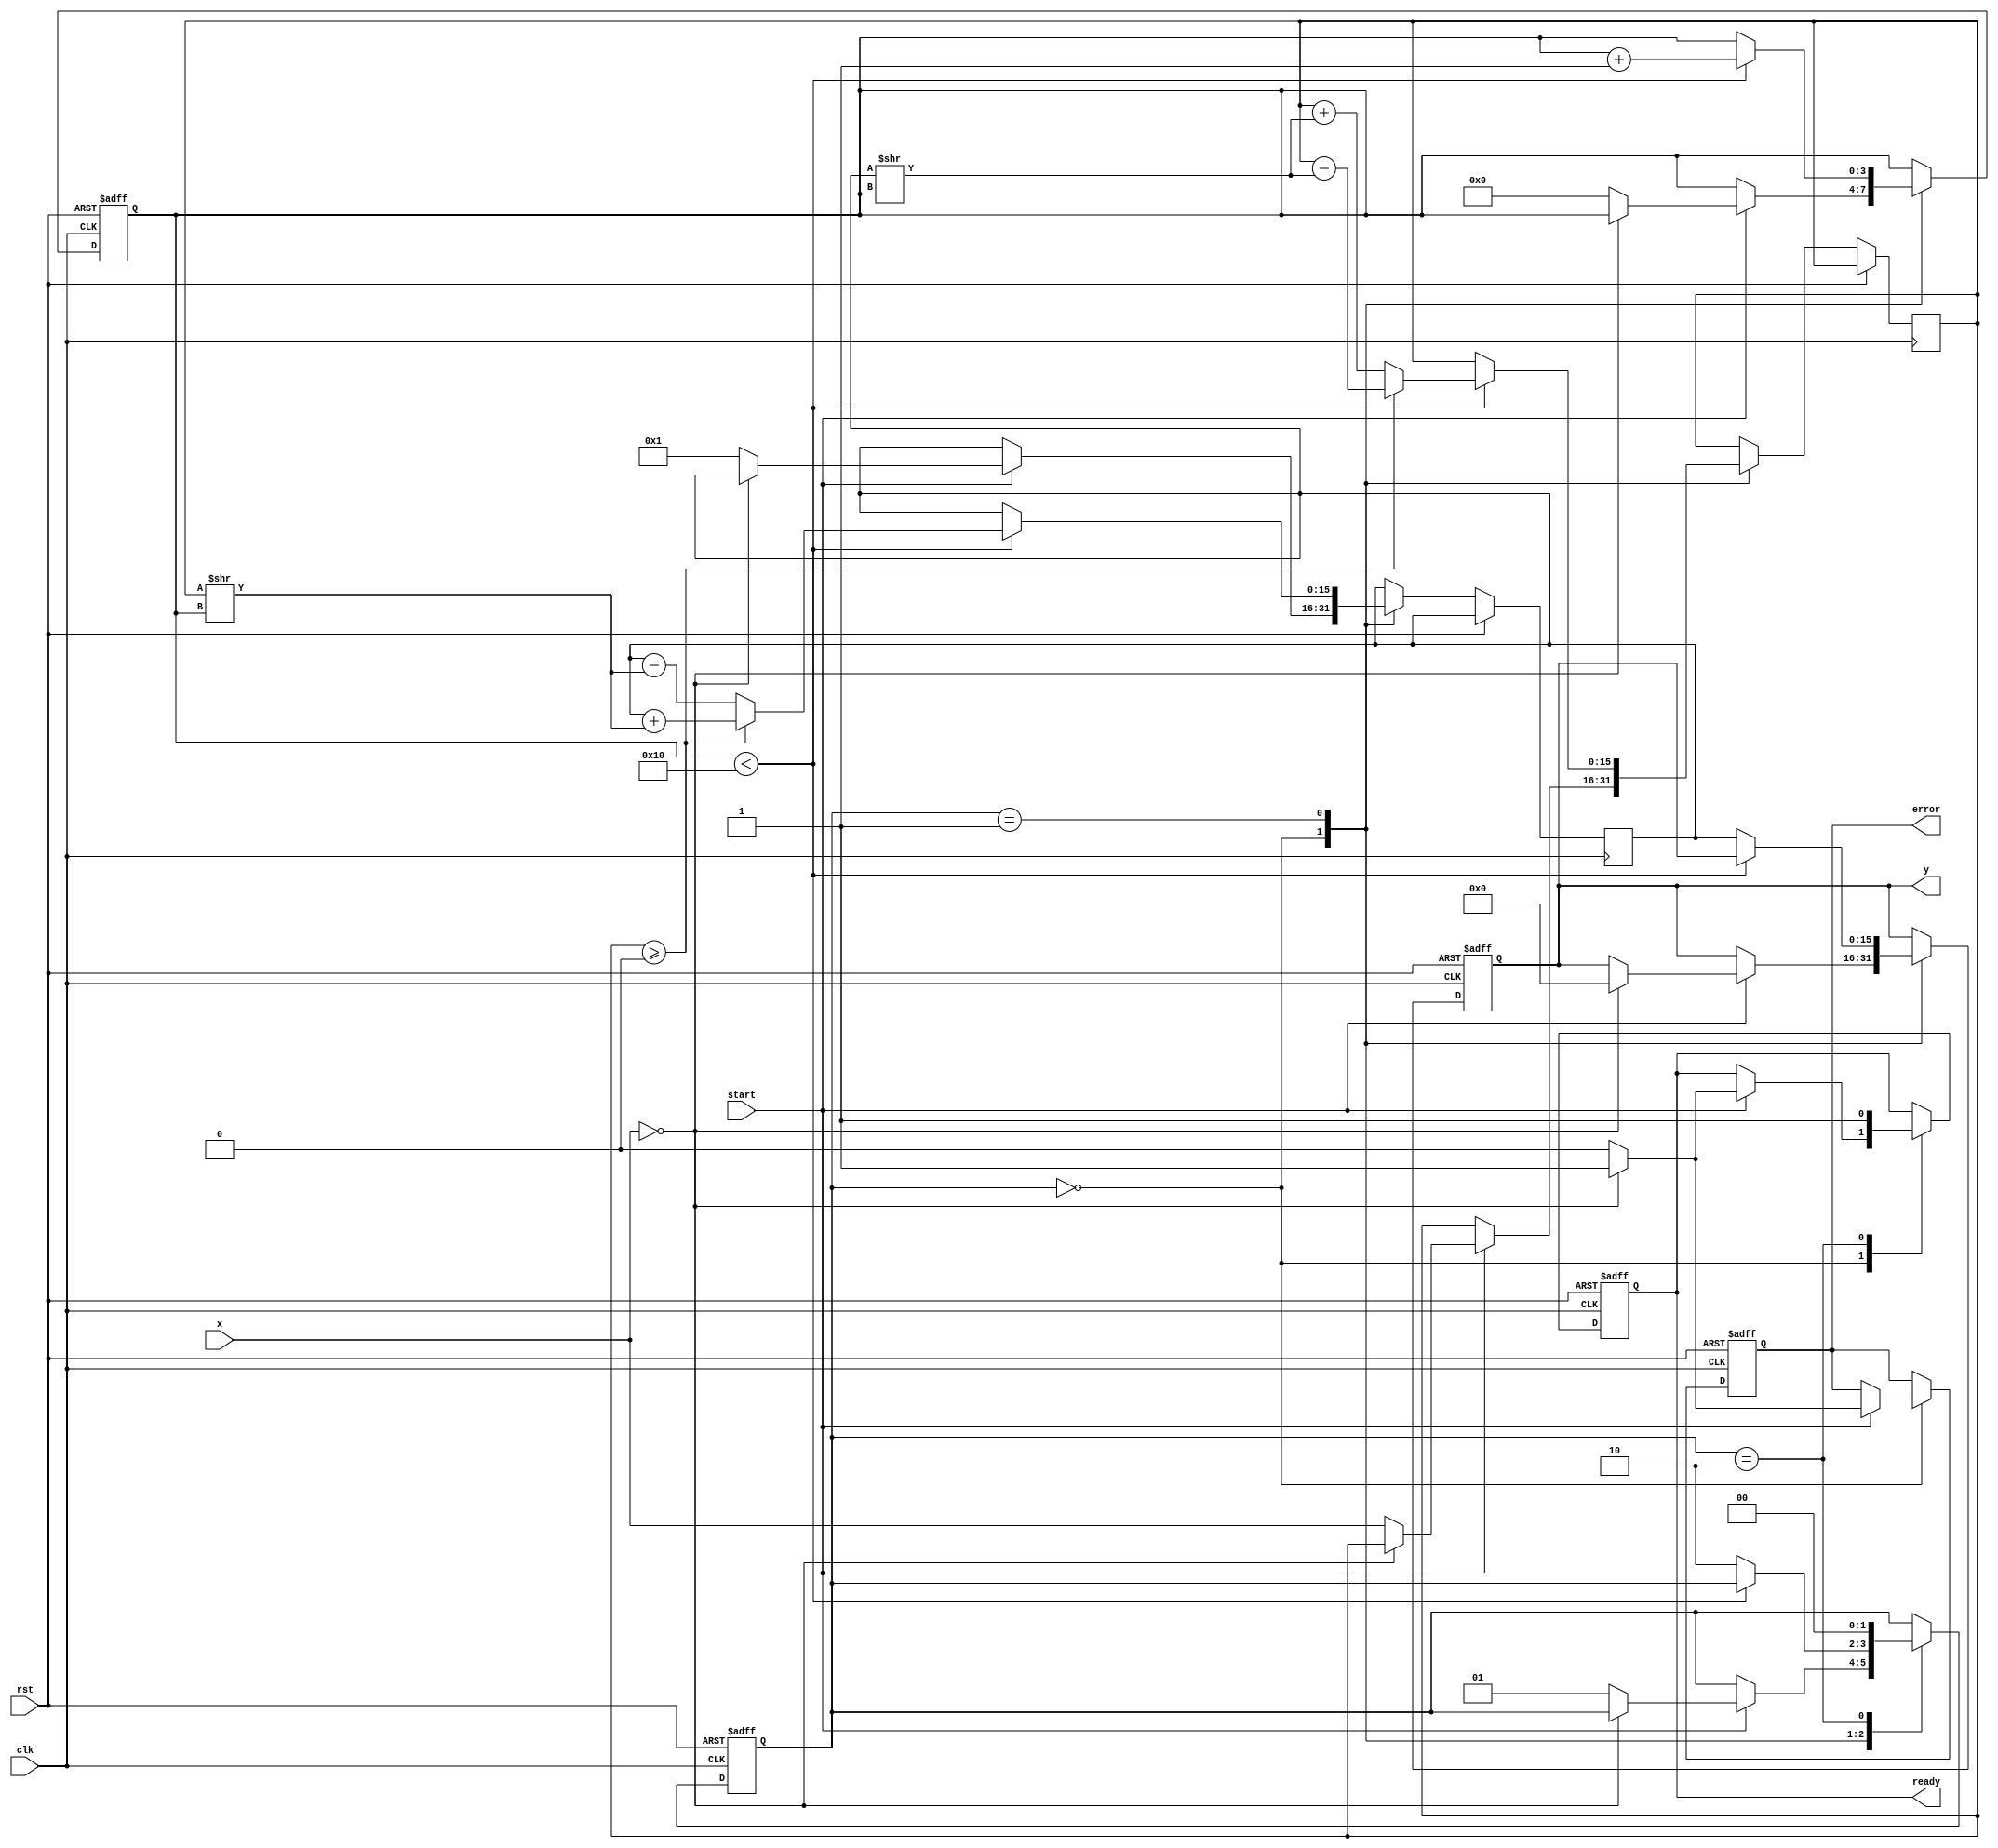
module cordic_reciprocal (
    input wire clk,                  // Clock signal
    input wire rst,                  // Reset signal
    input wire start,                // Control signal to start the computation
    input wire [15:0] x,             // Input value (fixed-point representation)
    output reg [15:0] y,             // Reciprocal result (fixed-point representation)
    output reg ready,                // Ready signal
    output reg error                 // Error signal
);

    // CORDIC parameters
    parameter ITERATIONS = 16;       // Number of iterations
    parameter FIXED_POINT_SCALE = 16; // Fixed-point scaling factor

    // Internal signals
    reg [15:0] z [0:ITERATIONS-1];   // Predefined arctan values
    reg [15:0] x_curr, y_curr;       // Current x and y values in the iteration
    reg [3:0] iter;                  // Iteration counter
    reg [1:0] state;                 // State machine (0: idle, 1: compute, 2: done)

    // Initialize arctan values for CORDIC
    initial begin
        z[0] = 16'h0000; // Atan(0)
        z[1] = 16'h1C71; // Atan(1/2)
        z[2] = 16'h0B6D; // Atan(1/4)
        z[3] = 16'h05A8; // Atan(1/8)
        z[4] = 16'h029A; // Atan(1/16)
        z[5] = 16'h0149; // Atan(1/32)
        z[6] = 16'h00A4; // Atan(1/64)
        z[7] = 16'h0052; // Atan(1/128)
        z[8] = 16'h002A; // Atan(1/256)
        z[9] = 16'h0015; // Atan(1/512)
        z[10] = 16'h000A; // Atan(1/1024)
        z[11] = 16'h0005; // Atan(1/2048)
        z[12] = 16'h0002; // Atan(1/4096)
        z[13] = 16'h0001; // Atan(1/8192)
        z[14] = 16'h0001; // Atan(1/16384)
        z[15] = 16'h0000; // Atan(0)
    end

    // State machine to control the operation
    always @(posedge clk or posedge rst) begin
        if (rst) begin
            state <= 0;
            iter <= 0;
            ready <= 0;
            error <= 0;
            y <= 0;
        end else begin
            case (state)
                0: begin // Idle state
                    if (start) begin
                        if (x == 0) begin // Check for division by zero
                            error <= 1;
                            y <= 0;
                            ready <= 1;
                        end else begin
                            x_curr <= x;
                            y_curr <= 16'h0001; // Initial value of y (1)
                            iter <= 0;
                            ready <= 0;
                            error <= 0;
                            state <= 1; // Move to compute state
                        end
                    end
                end
                1: begin // Compute state
                    if (iter < ITERATIONS) begin
                        // CORDIC rotation logic
                        if (x_curr >= 0) begin
                            x_curr <= x_curr - (y_curr >> iter);
                            y_curr <= y_curr + (x_curr >> iter);
                        end else begin
                            x_curr <= x_curr + (y_curr >> iter);
                            y_curr <= y_curr - (x_curr >> iter);
                        end
                        iter <= iter + 1;
                    end else begin
                        // Finished iterations
                        y <= y_curr; // Store the result
                        state <= 2; // Move to done state
                    end
                end
                2: begin // Done state
                    ready <= 1; // Indicate that result is ready
                    state <= 0; // Go back to idle
                end
            endcase
        end
    end
endmodule